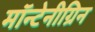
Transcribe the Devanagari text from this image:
मॉन्टेनीग्रिन